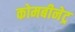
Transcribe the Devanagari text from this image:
कोमबीनेट्र